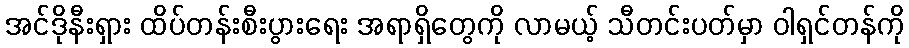
အင်ဒိုနီးရှား ထိပ်တန်းစီးပွားရေး အရာရှိတွေကို လာမယ့် သီတင်းပတ်မှာ ဝါရှင်တန်ကို